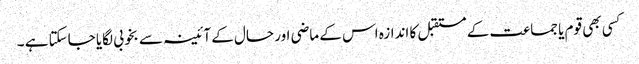
کسی بھی قوم یا جماعت کے مستقبل کا اندازہ اس کے ماضی اور حال کے آئینہ سے بخوبی لگایا جاسکتا ہے ۔